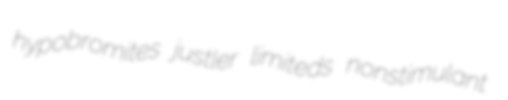
hypobromites justler limiteds nonstimulant